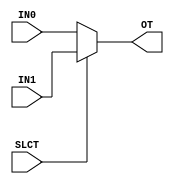
module MUX2#(parameter SIZE = 4)(input SLCT,input[SIZE - 1:0] IN1, IN0, output[SIZE - 1:0] OT);
  
  assign OT = (SLCT)?IN1:IN0;  
endmodule